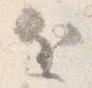
近